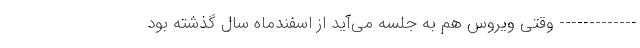
------------- وقتی ویروس هم به جلسه می‌آید از اسفندماه سال گذشته بود